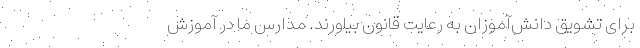
برای تشویق دانش‌آموزان به رعایت قانون بیاورند. مدارس ما در آموزش